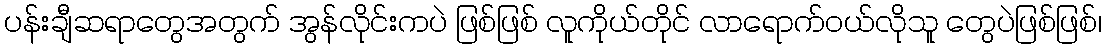
ပန်းချီဆရာတွေအတွက် အွန်လိုင်းကပဲ ဖြစ်ဖြစ် လူကိုယ်တိုင် လာရောက်ဝယ်လိုသူ တွေပဲဖြစ်ဖြစ်၊